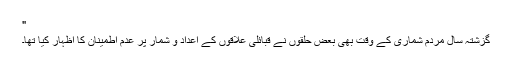
"
گزشتہ سال مردم شماری کے وقت بھی بعض حلقوں نے قبائلی علاقوں کے اعداد و شمار پر عدم اطمینان کا اظہار کیا تھا۔